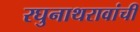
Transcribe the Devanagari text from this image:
रघुनाथरावांची